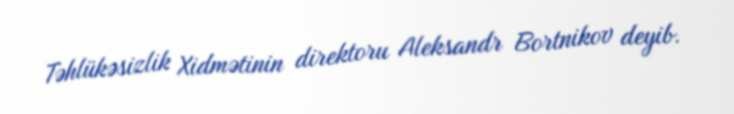
Təhlükəsizlik Xidmətinin direktoru Aleksandr Bortnikov deyib.